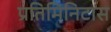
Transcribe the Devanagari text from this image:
प्रतिमिनिटास